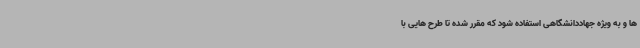
ها و به ویژه جهاددانشگاهی استفاده شود که مقرر شده تا طرح هایی با